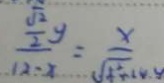
\frac { \frac { \sqrt { 2 } } { 2 } y } { 1 2 - x } = \frac { x } { \sqrt { 4 ^ { 2 } } + 1 4 . 4 }